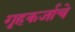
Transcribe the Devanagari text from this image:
गृहकर्जाचे